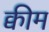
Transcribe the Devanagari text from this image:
क्वीम